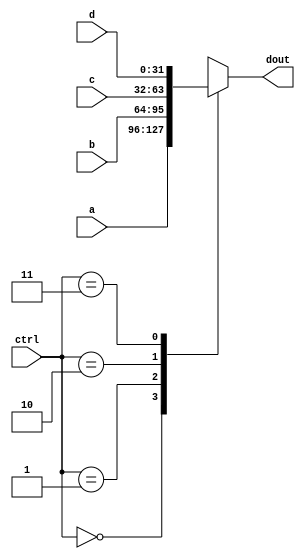
`timescale 1ns / 1ps
//////////////////////////////////////////////////////////////////////////////////
// Company: 
// Engineer: 
// 
// Design Name: 
// Module Name: mux
// Project Name: 
// Target Devices: 
// Tool Versions: 
// Description: 
// 
// Dependencies: 
// 
// Revision:
// Revision 0.01 - File Created
// Additional Comments:
// 
//////////////////////////////////////////////////////////////////////////////////


module mux #(parameter WIDTH = 32)(
    input 	[WIDTH - 1:0] 	    a,
	input 	[WIDTH - 1:0] 	    b,
	input 	[WIDTH - 1:0]	    c,
	input 	[WIDTH - 1:0] 	    d,
	input 	[1:0]	            ctrl,
	output 	reg [WIDTH - 1:0]	dout
    );
    
    always @ ( * ) begin
        case (ctrl)
            2'b00: dout = a;
            2'b01: dout = b;
            2'b10: dout = c;
            2'b11: dout = d;
        endcase
    end
endmodule//Mux